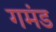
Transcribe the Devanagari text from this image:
गमंड